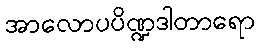
အာလောပပိဏ္ဍဒါတာရော